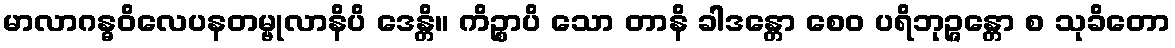
မာလာဂန္ဓဝိလေပနတမ္ဗုလာနိပိ ဒေန္တိ။ ကိဉ္စာပိ သော တာနိ ခါဒန္တော စေဝ ပရိဘုဉ္ဇန္တော စ သုခိတော